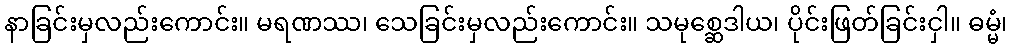
နာခြင်းမှလည်းကောင်း။ မရဏဿ၊ သေခြင်းမှလည်းကောင်း။ သမုစ္ဆေဒါယ၊ ပိုင်းဖြတ်ခြင်းငှါ။ ဓမ္မံ၊